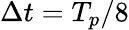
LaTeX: \Delta t=T_{p}/8